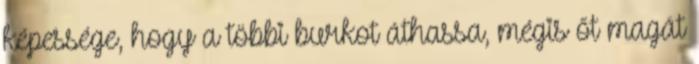
képessége, hogy a többi burkot áthassa, mégis őt magát